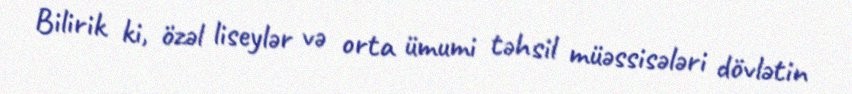
Bilirik ki, özəl liseylər və orta ümumi təhsil müəssisələri dövlətin